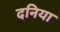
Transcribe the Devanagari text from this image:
दनिया